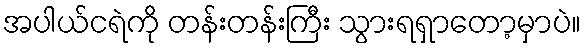
အပါယ်ငရဲကို တန်းတန်းကြီး သွားရရှာတော့မှာပဲ။